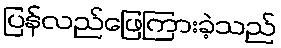
ပြန်လည်ဖြေကြားခဲ့သည်